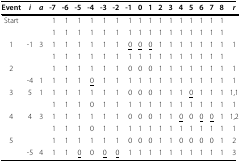
<table><thead><tr><td><b>Event</b></td><td><b><i>i</i></b></td><td><b><i>a</i></b></td><td><b>-7</b></td><td><b>-6</b></td><td><b>-5</b></td><td><b>-4</b></td><td><b>-3</b></td><td><b>-2</b></td><td><b>-1</b></td><td><b>0</b></td><td><b>1</b></td><td><b>2</b></td><td><b>3</b></td><td><b>4</b></td><td><b>5</b></td><td><b>6</b></td><td><b>7</b></td><td><b>8</b></td><td><b><i>r</i></b></td></tr></thead><tbody><tr><td>Start</td><td></td><td></td><td>1</td><td>1</td><td>1</td><td>1</td><td>1</td><td>1</td><td>1</td><td>1</td><td>1</td><td>1</td><td>1</td><td>1</td><td>1</td><td>1</td><td>1</td><td>1</td><td></td></tr><tr><td></td><td></td><td></td><td>1</td><td>1</td><td>1</td><td>1</td><td>1</td><td>1</td><td>1</td><td>1</td><td>1</td><td>1</td><td>1</td><td>1</td><td>1</td><td>1</td><td>1</td><td>1</td><td></td></tr><tr><td>1</td><td>-1</td><td>3</td><td>1</td><td>1</td><td>1</td><td>1</td><td>1</td><td>1</td><td><underline>0</underline></td><td><underline>0</underline></td><td><underline>0</underline></td><td>1</td><td>1</td><td>1</td><td>1</td><td>1</td><td>1</td><td>1</td><td>1</td></tr><tr><td></td><td></td><td></td><td>1</td><td>1</td><td>1</td><td>1</td><td>1</td><td>1</td><td>1</td><td>1</td><td>1</td><td>1</td><td>1</td><td>1</td><td>1</td><td>1</td><td>1</td><td>1</td><td></td></tr><tr><td>2</td><td></td><td></td><td>1</td><td>1</td><td>1</td><td>1</td><td>1</td><td>1</td><td>0</td><td>0</td><td>0</td><td>1</td><td>1</td><td>1</td><td>1</td><td>1</td><td>1</td><td>1</td><td>1</td></tr><tr><td></td><td>-4</td><td>1</td><td>1</td><td>1</td><td>1</td><td><underline>0</underline></td><td>1</td><td>1</td><td>1</td><td>1</td><td>1</td><td>1</td><td>1</td><td>1</td><td>1</td><td>1</td><td>1</td><td>1</td><td>1</td></tr><tr><td>3</td><td>5</td><td>1</td><td>1</td><td>1</td><td>1</td><td>1</td><td>1</td><td>1</td><td>0</td><td>0</td><td>0</td><td>1</td><td>1</td><td>1</td><td><underline>0</underline></td><td>1</td><td>1</td><td>1</td><td>1,1</td></tr><tr><td></td><td></td><td></td><td>1</td><td>1</td><td>1</td><td>0</td><td>1</td><td>1</td><td>1</td><td>1</td><td>1</td><td>1</td><td>1</td><td>1</td><td>1</td><td>1</td><td>1</td><td>1</td><td>1</td></tr><tr><td>4</td><td>4</td><td>3</td><td>1</td><td>1</td><td>1</td><td>1</td><td>1</td><td>1</td><td>0</td><td>0</td><td>0</td><td>1</td><td>1</td><td><underline>0</underline></td><td>0</td><td><underline>0</underline></td><td><underline>0</underline></td><td>1</td><td>1,2</td></tr><tr><td></td><td></td><td></td><td>1</td><td>1</td><td>1</td><td>0</td><td>1</td><td>1</td><td>1</td><td>1</td><td>1</td><td>1</td><td>1</td><td>1</td><td>1</td><td>1</td><td>1</td><td>1</td><td>1</td></tr><tr><td>5</td><td></td><td></td><td>1</td><td>1</td><td>1</td><td>1</td><td>1</td><td>1</td><td>0</td><td>0</td><td>0</td><td>1</td><td>1</td><td>0</td><td>0</td><td>0</td><td>0</td><td>1</td><td>2</td></tr><tr><td></td><td>-5</td><td>4</td><td>1</td><td>1</td><td><underline>0</underline></td><td>0</td><td><underline>0</underline></td><td><underline>0</underline></td><td>1</td><td>1</td><td>1</td><td>1</td><td>1</td><td>1</td><td>1</td><td>1</td><td>1</td><td>1</td><td>3</td></tr></tbody></table>